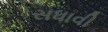
સધાવી